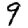
Digit: 9